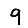
Digit: 9